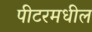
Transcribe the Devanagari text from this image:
पीटरमधील